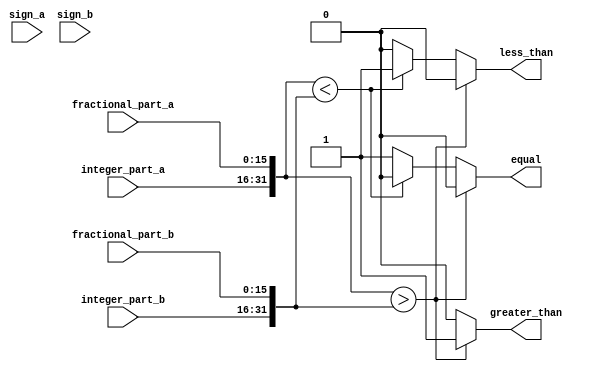
module fixed_point_comparator (
    input [7:0] sign_a,
    input [7:0] sign_b,
    input [15:0] integer_part_a,
    input [15:0] integer_part_b,
    input [15:0] fractional_part_a,
    input [15:0] fractional_part_b,
    output reg greater_than,
    output reg less_than,
    output reg equal
);

reg [31:0] fixed_point_number_a;
reg [31:0] fixed_point_number_b;

always @* begin
    fixed_point_number_a = {sign_a, integer_part_a, fractional_part_a};
    fixed_point_number_b = {sign_b, integer_part_b, fractional_part_b};

    if (fixed_point_number_a > fixed_point_number_b) begin
        greater_than = 1;
        less_than = 0;
        equal = 0;
    end else if (fixed_point_number_a < fixed_point_number_b) begin
        greater_than = 0;
        less_than = 1;
        equal = 0;
    end else begin
        greater_than = 0;
        less_than = 0;
        equal = 1;
    end
end

endmodule